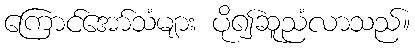
ကြောင်အော်သံများ ပို၍ဆူညံလာသည်။